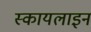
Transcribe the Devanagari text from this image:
स्कायलाइन